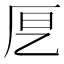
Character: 𭆂